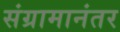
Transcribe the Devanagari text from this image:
संग्रामानंतर